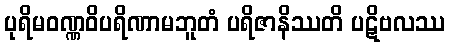
ပုရိမဝဏ္ဏဝိပရိဏာမဘူတံ ပရိဇာနိဿတိ ပဋိဗလဿ